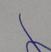
Signature authenticity: forged